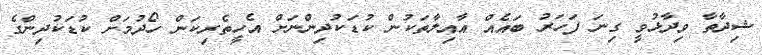
ޝިދާތާ ވިދާޅުވީ ގިނަ ފަހަރު ބައެއް އާއިލާތަކުން ކުޑަކުދިންނަށް އެހީތެރިކަން ހޯދުމަށް ކުޑަކުދިންގެ